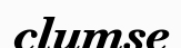
clumse